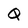
Character: Q